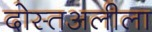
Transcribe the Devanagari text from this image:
दोस्तअलीला